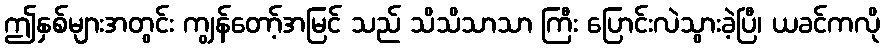
ဤနှစ်များအတွင်း ကျွန်တော့်အမြင် သည် သိသိသာသာ ကြီး ပြောင်းလဲသွားခဲ့ပြီ၊ ယခင်ကလို